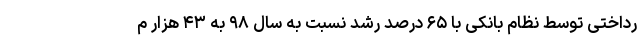
رداختی توسط نظام بانکی با ۶۵ درصد رشد نسبت به سال ۹۸ به ۴۳ هزار م